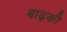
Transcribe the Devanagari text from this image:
बाढ़की